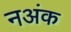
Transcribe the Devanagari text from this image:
नअंक